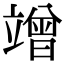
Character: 竲